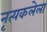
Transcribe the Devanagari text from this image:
नृत्यकलेला